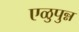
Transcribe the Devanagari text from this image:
एळुपुन्न